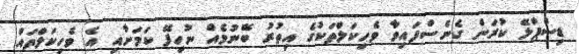
ޑިސްޕްލޭ ކުރަން ގެނެސްފައިވާ ވެހިކަލްތަކުގެ އިތުރު ބޭނުމެއް ނުހިފޭ ކަމަށާއި އެ ވެހިކަލްތައް